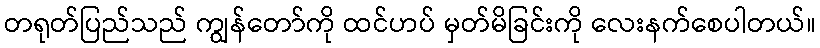
တရုတ်ပြည်သည် ကျွန်တော်ကို ထင်ဟပ် မှတ်မိခြင်းကို လေးနက်စေပါတယ်။